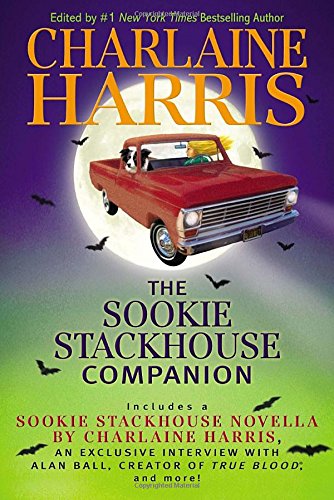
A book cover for The Sookie Stackhouse Companion; Science Fiction & Fantasy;